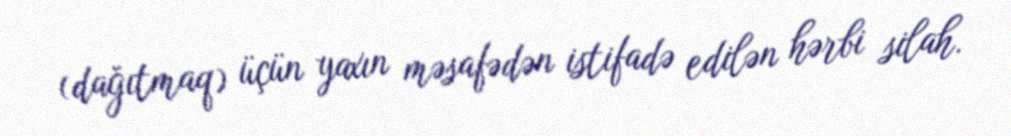
(dağıtmaq) üçün yaxın məsafədən istifadə edilən hərbi silah.